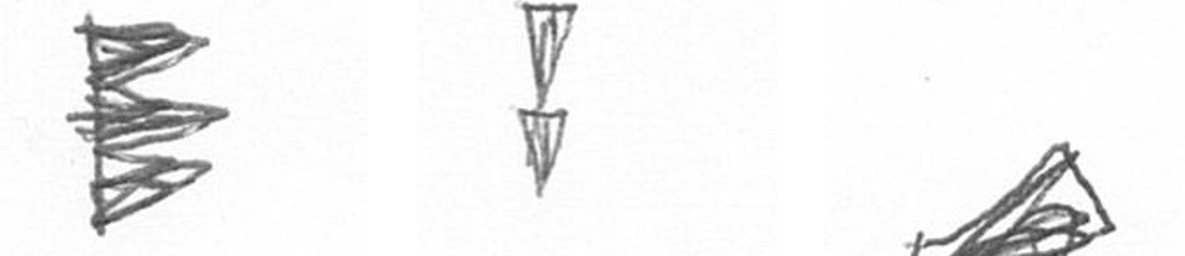
H Z O